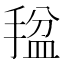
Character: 𫽡